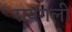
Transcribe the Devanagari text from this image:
रायगली